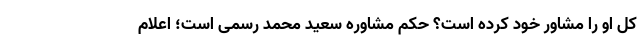
کل او را مشاور خود کرده است؟ حکم مشاوره سعید محمد رسمی است؛ اعلام